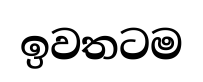
ඉවතටම